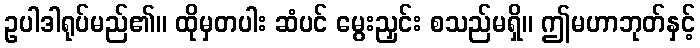
ဥပါဒါရုပ်မည်၏။ ထိုမှတပါး ဆံပင် မွေးညှင်း စသည်မရှိ။ ဤမဟာဘုတ်နှင့်